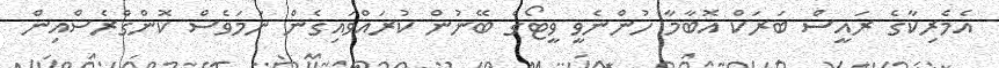
އެމެރިކާގެ ރައީސް ބަރަކް އޮބާމާ ހުންނެވީ ވީޓޯގެ ބޭނުން ކުރައްވައިގެން ނަމަވެސް ކޮންގްރެސްއިން